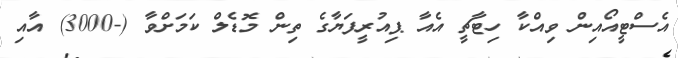
އެސްޓީއޯއިން ވިއްކާ ހިޓާޗީ އެއާ ޕިއުރީފަޔާގެ ތިން މޮޑެލް ކަމަށްވާ (-3000) އާއި